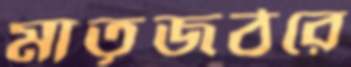
মাতৃজঠরে